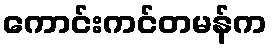
ကောင်းကင်တမန်က